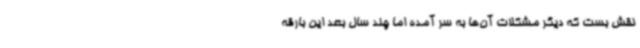
نقش بست که دیگر مشکلات آن‌ها به سر آمده اما چند سال بعد این بارقه